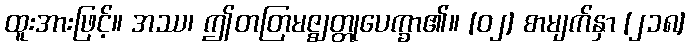
ထူးအားဖြင့်။ အဿ၊ ဤတတြမဇ္ဈတ္တုပေက္ခာ၏။ [၀၂] စာမျက်နှာ [၂၁၈]